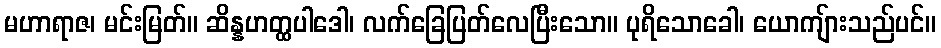
မဟာရာဇ၊ မင်းမြတ်။ ဆိန္နဟတ္ထပါဒေါ၊ လက်ခြေပြတ်လေပြီးသော။ ပုရိသောခေါ၊ ယောကျ်ားသည်ပင်။